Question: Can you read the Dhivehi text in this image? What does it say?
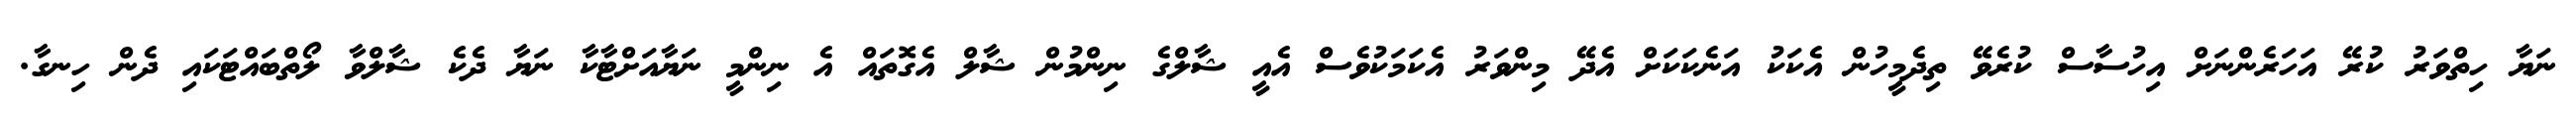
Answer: ނަޔާ ހިތްވަރު ކުރޭ އަހަރެންނަށް އިހުސާސް ކުރެވޭ ތިދެމީހުން އެކަކު އަނެކަކަށް އެދޭ މިންވަރު އެކަމަކުވެސް އެއީ ޝާލްގެ ނިންމުން ޝާލް އެގޮތައް އެ ނިންމީ ނަޔާއަށްޓާކާ ނަޔާ ދެކެ ޝާލްވާ ލޯތްބައްޓަކައި ދެން ހިނގާ.